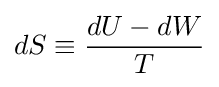
dS\equiv {\frac {dU-dW}{T}}